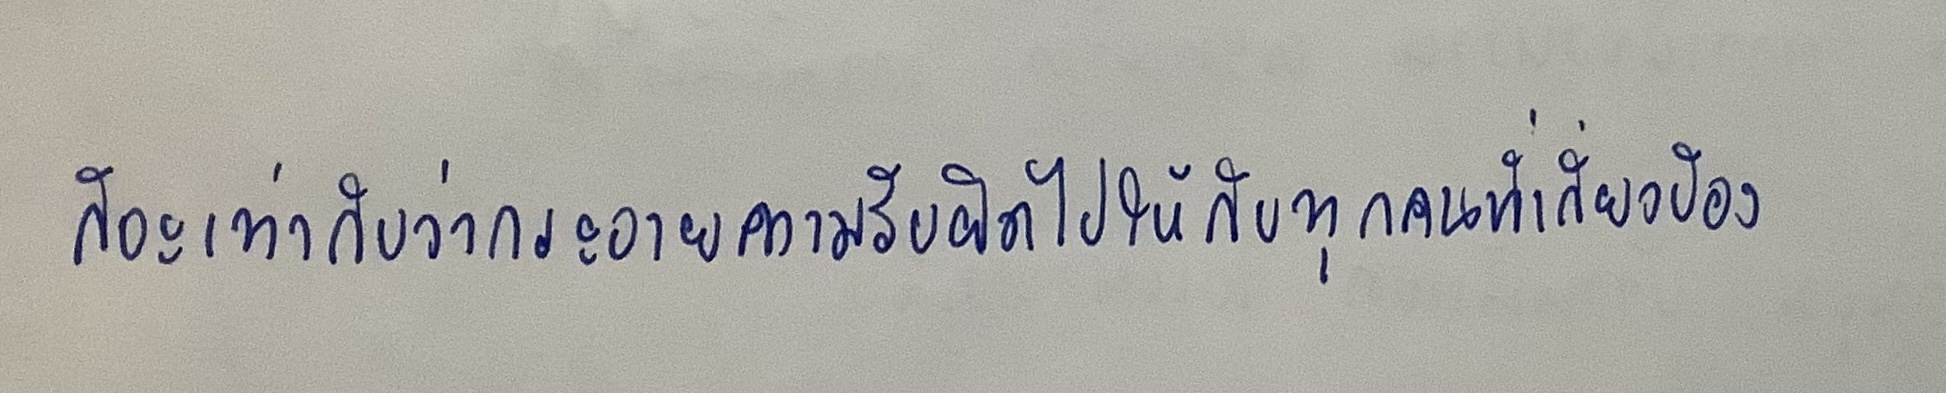
ก็จะเท่ากับว่ากระจายความรับผิดไปให้กับทุกคนที่เกี่ยวข้อง